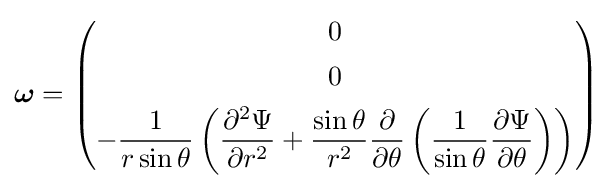
{\boldsymbol {\omega }}={\begin{pmatrix}0\\[1ex]0\\[1ex]\displaystyle -{\frac {1}{r\sin \theta }}\left({\frac {\partial ^{2}\Psi }{\partial r^{2}}}+{\frac {\sin \theta }{r^{2}}}{\partial  \over \partial \theta }\left({\frac {1}{\sin \theta }}{\frac {\partial \Psi }{\partial \theta }}\right)\right)\end{pmatrix}}